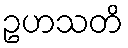
ဥဟသတိ